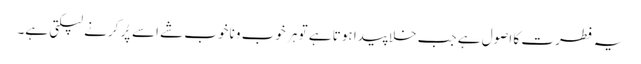
یہ فطرت کا اصول ہے جب خلا پیدا ہوتا ہے تو ہر خوب و ناخوب شے اسے پُر کرنے لپکتی ہے۔